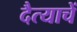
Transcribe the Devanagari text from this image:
दैत्याचें